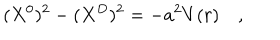
LaTeX: ( X ^ { 0 } ) ^ { 2 } - ( X ^ { D } ) ^ { 2 } = - a ^ { 2 } V ( r ) \quad ,